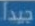
جيدا